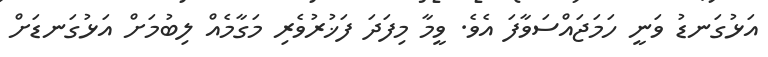
އަޅުގަނޑު ވަނީ ހަމަޖައްސަވާފަ އެވެ. ވީމާ މިފަދަ ފަޚުރުވެރި މަގާމެއް ލިބުމަށް އަޅުގަނޑަށް